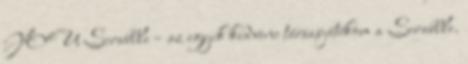
YOU Scrabble – az egyik kedvenc társasjátékom a Scrabble.